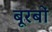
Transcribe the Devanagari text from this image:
बूरबों